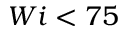
W i < 7 5